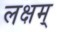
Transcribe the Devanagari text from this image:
लक्षम्